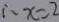
\therefore x = 2